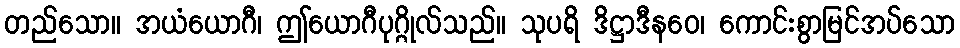
တည်သော။ အယံယောဂီ၊ ဤယောဂီပုဂ္ဂိုလ်သည်။ သုပရိ ဒိဋ္ဌာဒီနဝေ၊ ကောင်းစွာမြင်အပ်သော